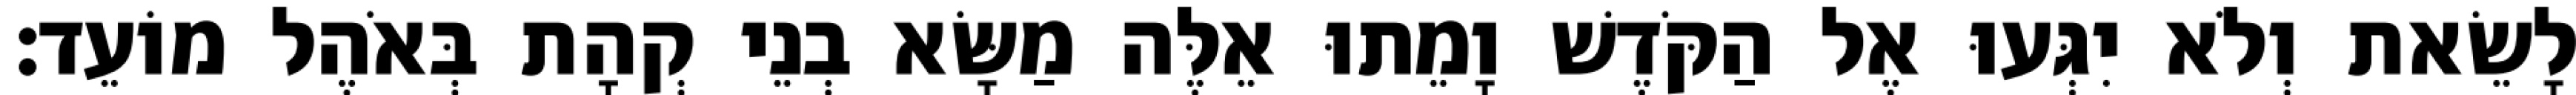
לָשֵׂאת וְלֹא יִגְּעוּ אֶל הַקֹּדֶשׁ וָמֵתוּ אֵלֶּה מַשָּׂא בְנֵי קְהָת בְּאֹהֶל מוֹעֵד׃